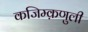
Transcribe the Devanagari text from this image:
कजिम्क़णुली